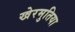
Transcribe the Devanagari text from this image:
खेरमुतिया